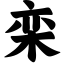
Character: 栾